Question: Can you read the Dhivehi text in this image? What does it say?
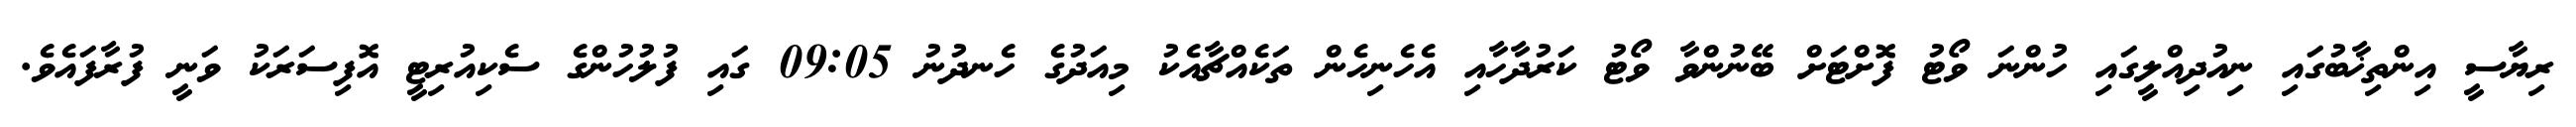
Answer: ރިޔާސީ އިންތިޚާބުގައި ނިއުދިއްލީގައި ހުންނަ ވޯޓު ފޮށްޓަށް ބޭނުންވާ ވޯޓު ކަރުދާހާއި އެހެނިހެން ތަކެއްޗާއެކު މިއަދުގެ ހެނދުނު 09:05 ގައި ފުލުހުންގެ ސެކިއުރިޓީ އޮފިސަރަކު ވަނީ ފުރާފައެވެ.